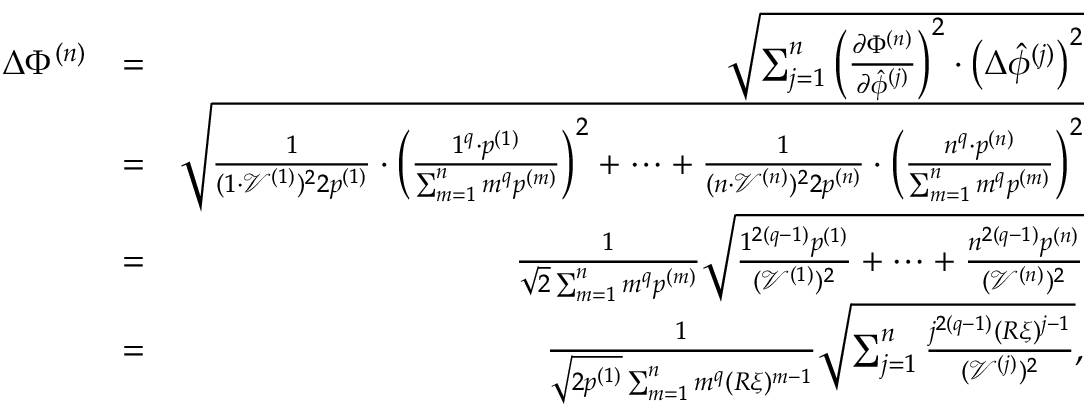
\begin{array} { r l r } { \Delta \Phi ^ { ( n ) } } & { = } & { \sqrt { \sum _ { j = 1 } ^ { n } \left( \frac { \partial \Phi ^ { ( n ) } } { \partial \hat { \phi } ^ { ( j ) } } \right) ^ { 2 } \cdot \left( \Delta \hat { \phi } ^ { ( j ) } \right) ^ { 2 } } } \\ & { = } & { \sqrt { \frac { 1 } { ( 1 \cdot \mathcal { V } ^ { ( 1 ) } ) ^ { 2 } 2 p ^ { ( 1 ) } } \cdot \left( \frac { 1 ^ { q } \cdot p ^ { ( 1 ) } } { \sum _ { m = 1 } ^ { n } m ^ { q } p ^ { ( m ) } } \right) ^ { 2 } + \cdots + \frac { 1 } { ( n \cdot \mathcal { V } ^ { ( n ) } ) ^ { 2 } 2 p ^ { ( n ) } } \cdot \left( \frac { n ^ { q } \cdot p ^ { ( n ) } } { \sum _ { m = 1 } ^ { n } m ^ { q } p ^ { ( m ) } } \right) ^ { 2 } } } \\ & { = } & { \frac { 1 } { \sqrt { 2 } \sum _ { m = 1 } ^ { n } m ^ { q } p ^ { ( m ) } } \sqrt { \frac { 1 ^ { 2 ( q - 1 ) } p ^ { ( 1 ) } } { ( \mathcal { V } ^ { ( 1 ) } ) ^ { 2 } } + \cdots + \frac { n ^ { 2 ( q - 1 ) } p ^ { ( n ) } } { ( \mathcal { V } ^ { ( n ) } ) ^ { 2 } } } } \\ & { = } & { \frac { 1 } { \sqrt { 2 p ^ { ( 1 ) } } \sum _ { m = 1 } ^ { n } m ^ { q } ( R \xi ) ^ { m - 1 } } \sqrt { \sum _ { j = 1 } ^ { n } \frac { j ^ { 2 ( q - 1 ) } ( R \xi ) ^ { j - 1 } } { ( \mathcal { V } ^ { ( j ) } ) ^ { 2 } } } , } \end{array}